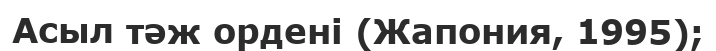
Асыл тәж ордені (Жапония, 1995);